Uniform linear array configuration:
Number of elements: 4
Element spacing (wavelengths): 0.75
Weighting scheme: hann
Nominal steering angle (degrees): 60
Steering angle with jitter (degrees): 60.713
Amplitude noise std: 0.05
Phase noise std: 0.05

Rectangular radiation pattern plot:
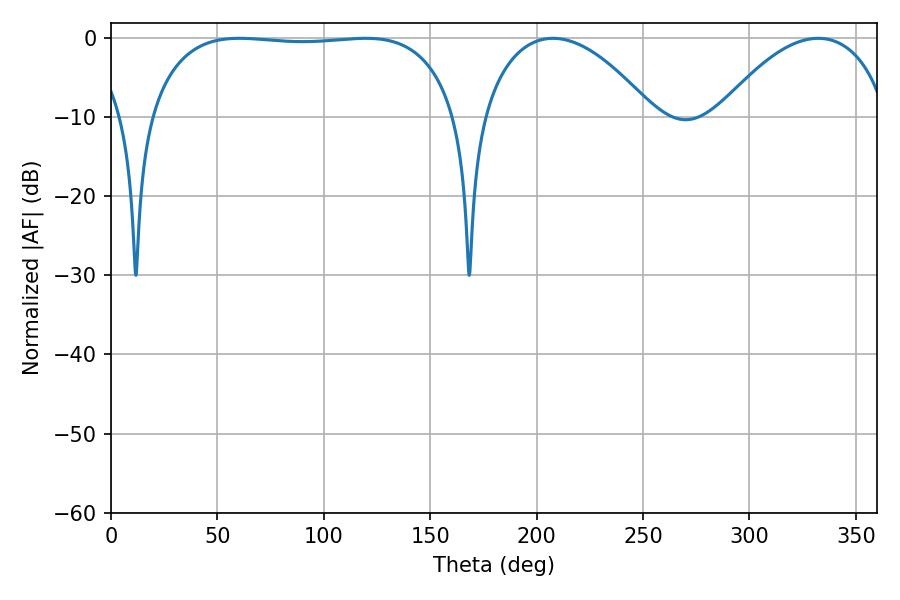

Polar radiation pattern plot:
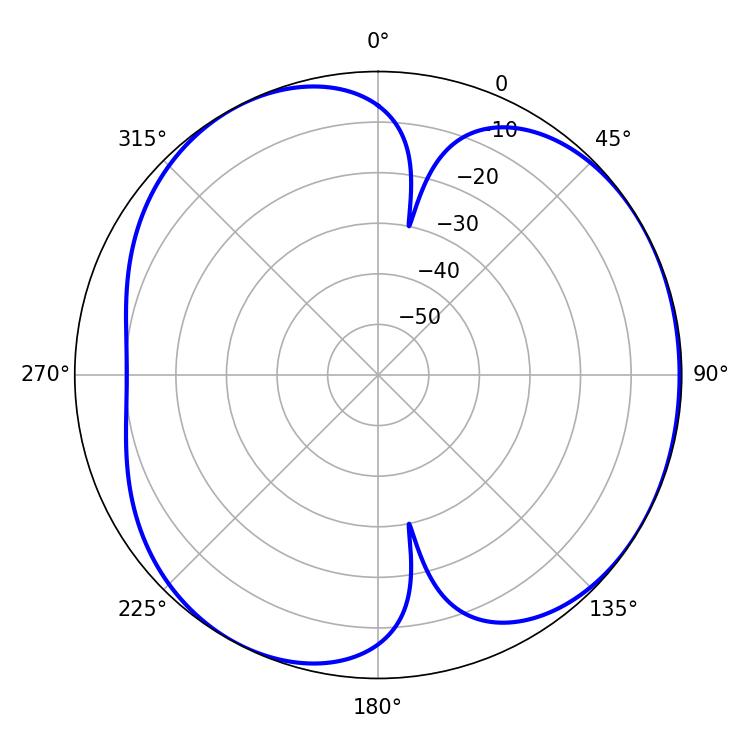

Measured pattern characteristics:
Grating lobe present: TRUE
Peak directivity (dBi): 4.434
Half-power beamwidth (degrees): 115.2
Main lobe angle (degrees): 60.3